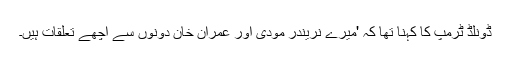
ڈونلڈ ٹرمپ کا کہنا تھا کہ 'میرے نریندر مودی اور عمران خان دونوں سے اچھے تعلقات ہیں۔